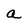
Character: a